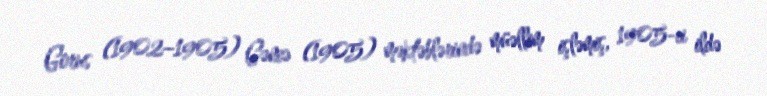
Gorus (1902–1905) Gəncə (1905) məktəblərində müəllim işləmiş, 1905-ci ildə